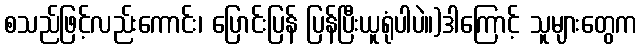
စသည်ဖြင့်လည်းကောင်း၊ ပြောင်းပြန် ပြန်ပြီးယူရုံပါပဲ။)ဒါကြောင့် သူများတွေက